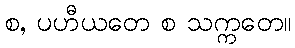
စ, ပဟီယတေ စ သက္ကတေ။